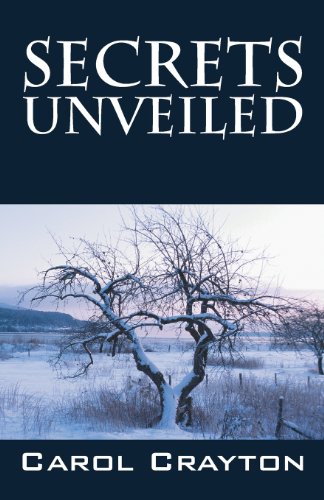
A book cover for Secrets Unveiled; Carol Crayton; Romance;